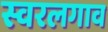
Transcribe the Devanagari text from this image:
स्वरलगाव